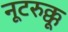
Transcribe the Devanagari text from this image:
नूटरुक्कू